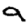
Digit: 9